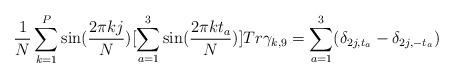
LaTeX: \begin{align*}\frac{1}N \sum_{k=1}^{ P } \sin( \frac{2\pi kj}N)[\sum _{a=1}^3\sin(\frac{2\pi kt_a}N ) ] Tr \gamma _{k,9} = \sum _{a=1}^{3}(\delta_{2j,t_a}-\delta _{2j,-t_a})\end{align*}